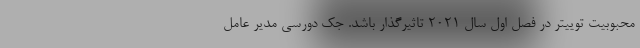
محبوبیت توییتر در فصل اول سال 2021 تاثیرگذار باشد. جک دورسی مدیر عامل